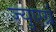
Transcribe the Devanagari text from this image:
ज्युएर्ग्न